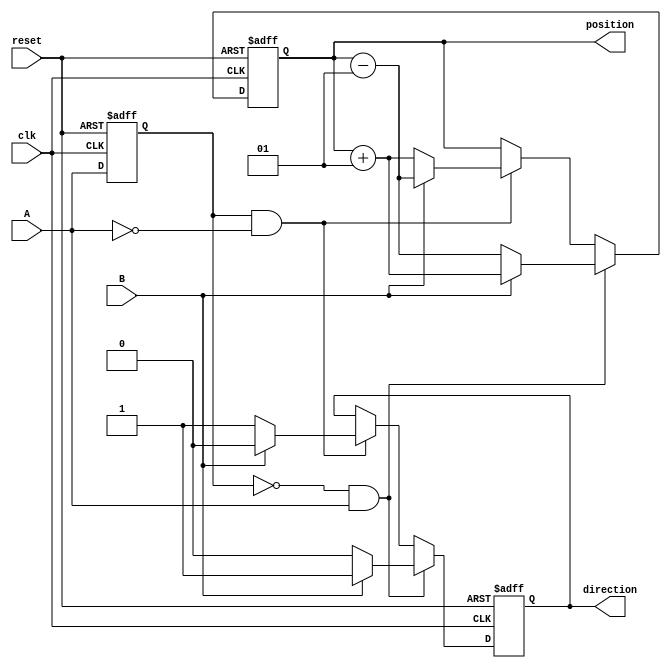
module rotary_encoder (
    input wire clk,          // Clock signal
    input wire A,           // Quadrature output signal A
    input wire B,           // Quadrature output signal B
    input wire reset,       // Asynchronous reset
    output reg signed [31:0] position, // Current position of the rotary encoder
    output reg direction     // Direction of rotation (1 for clockwise, 0 for counterclockwise)
);

    // State variables to hold the previous state of A and B
    reg A_prev, B_prev;

    // Always block for position counting and direction detection
    always @(posedge clk or posedge reset) begin
        if (reset) begin
            position <= 0;   // Reset position to 0
            direction <= 0;  // Reset direction
            A_prev <= 0;     // Initialize previous state of A
            B_prev <= 0;     // Initialize previous state of B
        end else begin
            // Capture the previous state of A and B
            A_prev <= A;
            B_prev <= B;

            // Detect changes in A and B to update position
            if (A_prev == 0 && A == 1) begin // Rising edge of A
                if (B == 1) begin
                    position <= position + 1; // Clockwise
                    direction <= 1;
                end else begin
                    position <= position - 1; // Counterclockwise
                    direction <= 0;
                end
            end else if (A_prev == 1 && A == 0) begin // Falling edge of A
                if (B == 1) begin
                    position <= position - 1; // Counterclockwise
                    direction <= 0;
                end else begin
                    position <= position + 1; // Clockwise
                    direction <= 1;
                end
            end
        end
    end

endmodule